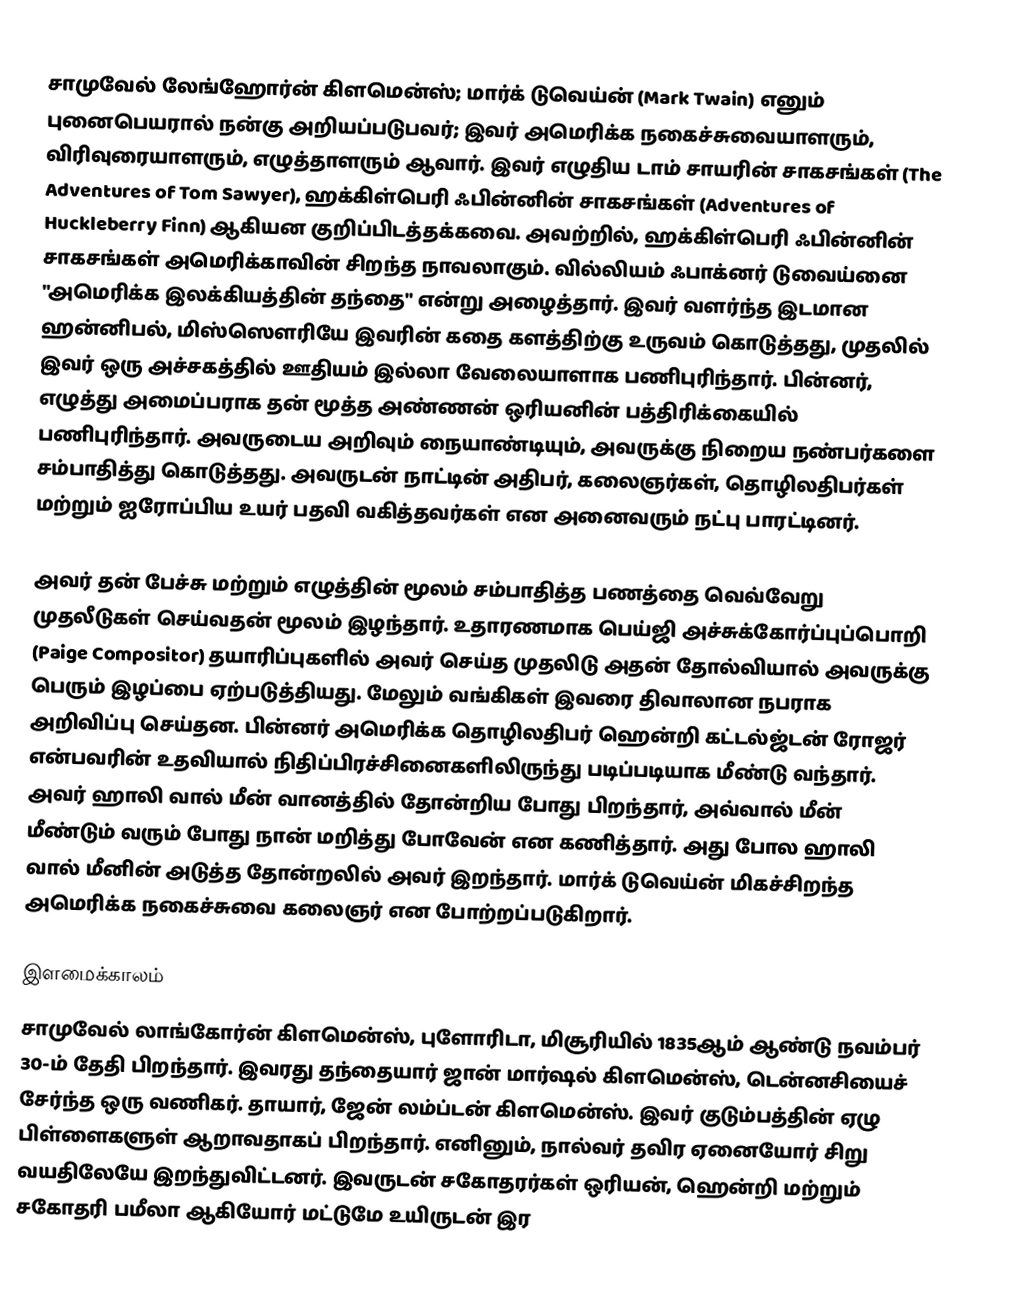
சாமுவேல் லேங்ஹோர்ன் கிளமென்ஸ்;  மார்க் டுவெய்ன் (Mark Twain) எனும் புனைபெயரால் நன்கு அறியப்படுபவர்; இவர் அமெரிக்க நகைச்சுவையாளரும், விரிவுரையாளரும், எழுத்தாளரும் ஆவார். இவர் எழுதிய டாம் சாயரின் சாகசங்கள் (The Adventures of Tom Sawyer), ஹக்கிள்பெரி ஃபின்னின் சாகசங்கள் (Adventures of Huckleberry Finn) ஆகியன குறிப்பிடத்தக்கவை. அவற்றில், ஹக்கிள்பெரி ஃபின்னின் சாகசங்கள் அமெரிக்காவின் சிறந்த நாவலாகும். வில்லியம் ஃபாக்னர் டுவைய்னை "அமெரிக்க இலக்கியத்தின் தந்தை" என்று அழைத்தார். இவர் வளர்ந்த இடமான ஹன்னிபல், மிஸ்ஸௌரியே இவரின் கதை களத்திற்கு உருவம் கொடுத்தது, முதலில் இவர் ஒரு அச்சகத்தில் ஊதியம் இல்லா வேலையாளாக பணிபுரிந்தார். பின்னர், எழுத்து அமைப்பராக தன் மூத்த அண்ணன் ஒரியனின் பத்திரிக்கையில் பணிபுரிந்தார். அவருடைய அறிவும் நையாண்டியும், அவருக்கு நிறைய நண்பர்களை சம்பாதித்து கொடுத்தது. அவருடன் நாட்டின் அதிபர், கலைஞர்கள், தொழிலதிபர்கள் மற்றும் ஐரோப்பிய உயர் பதவி வகித்தவர்கள் என அனைவரும் நட்பு பாரட்டினர்.

அவர் தன் பேச்சு மற்றும் எழுத்தின் மூலம் சம்பாதித்த பணத்தை வெவ்வேறு முதலீடுகள் செய்வதன் மூலம் இழந்தார். உதாரணமாக பெய்ஜி அச்சுக்கோர்ப்புப்பொறி (Paige Compositor) தயாரிப்புகளில் அவர் செய்த முதலிடு அதன் தோல்வியால் அவருக்கு பெரும் இழப்பை ஏற்படுத்தியது. மேலும் வங்கிகள் இவரை திவாலான நபராக அறிவிப்பு செய்தன. பின்னர் அமெரிக்க தொழிலதிபர் ஹென்றி கட்டல்ஜ்டன் ரோஜர் என்பவரின் உதவியால் நிதிப்பிரச்சினைகளிலிருந்து படிப்படியாக மீண்டு வந்தார். அவர் ஹாலி வால் மீன் வானத்தில் தோன்றிய போது பிறந்தார், அவ்வால் மீன் மீண்டும் வரும் போது நான் மறித்து போவேன் என கணித்தார். அது போல ஹாலி வால் மீனின் அடுத்த தோன்றலில் அவர் இறந்தார். மார்க் டுவெய்ன் மிகச்சிறந்த அமெரிக்க நகைச்சுவை கலைஞர் என போற்றப்படுகிறார்.

இளமைக்காலம்
சாமுவேல் லாங்கோர்ன் கிளமென்ஸ், புளோரிடா, மிசூரியில் 1835ஆம் ஆண்டு நவம்பர் 30-ம் தேதி பிறந்தார். இவரது தந்தையார் ஜான் மார்ஷல் கிளமென்ஸ், டென்னசியைச் சேர்ந்த ஒரு வணிகர். தாயார், ஜேன் லம்ப்டன் கிளமென்ஸ். இவர் குடும்பத்தின் ஏழு பிள்ளைகளுள் ஆறாவதாகப் பிறந்தார். எனினும், நால்வர் தவிர ஏனையோர் சிறு வயதிலேயே இறந்துவிட்டனர். இவருடன் சகோதரர்கள் ஒரியன், ஹென்றி மற்றும் சகோதரி பமீலா ஆகியோர் மட்டுமே உயிருடன் இர